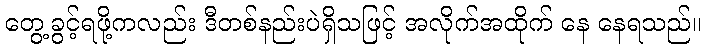
တွေ့ခွင့်ရဖို့ကလည်း ဒီတစ်နည်းပဲရှိသဖြင့် အလိုက်အထိုက် နေ နေရသည်။